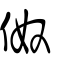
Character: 伮